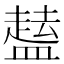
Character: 𱲘